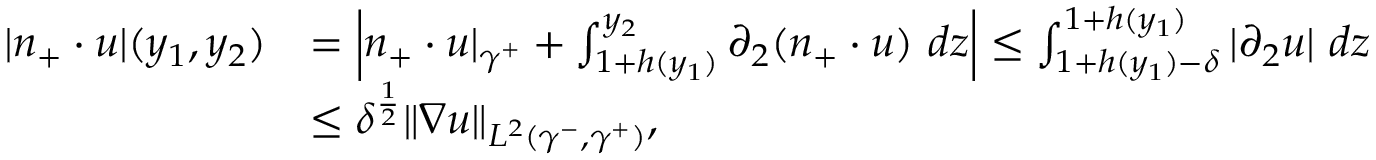
\begin{array} { r l } { | n _ { + } \cdot u | ( y _ { 1 } , y _ { 2 } ) } & { = \left| n _ { + } \cdot u \vert _ { \gamma ^ { + } } + \int _ { 1 + h ( y _ { 1 } ) } ^ { y _ { 2 } } \partial _ { 2 } ( n _ { + } \cdot u ) \ d z \right| \leq \int _ { 1 + h ( y _ { 1 } ) - \delta } ^ { 1 + h ( y _ { 1 } ) } | \partial _ { 2 } u | \ d z } \\ & { \leq \delta ^ { \frac { 1 } { 2 } } \| \nabla u \| _ { L ^ { 2 } ( \gamma ^ { - } , \gamma ^ { + } ) } , } \end{array}